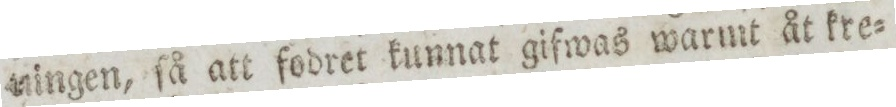
ningen, ſå att fodret kunnat gifwas warmt åt kre=